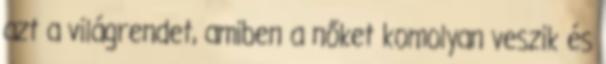
azt a világrendet, amiben a nőket komolyan veszik és